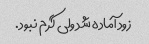
زود آماده شد ولی گرم نبود.